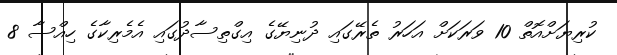
ކުރިޔަށްއޮތް 10 ވަރަކަށް އަހަރު ތެރޭގައި ދުނިޔޭގެ އިގްތިސާދުގައި އެމެރިކާގެ ހިއްސާ 8